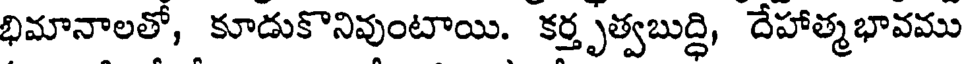
భిమానాలతో, కూడుకొనివుంటాయి. కర్తృత్వబుద్ధి, దేహాత్మభావము